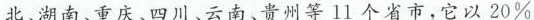
北、湖南、重庆、四川、云南、贵州等11个省市，它以20%